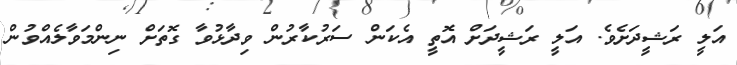
އަލީ ރަޝީދަށެވެ. އަލީ ރަޝީދަށް އޮތީ އެކަން ސަރުކާރުން ވިދާޅުވާ ގޮތަށް ނިންމަވާލެއްވުން